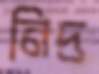
নিদ্র